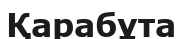
Қарабұта